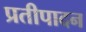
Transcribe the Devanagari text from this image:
प्रतीपादन